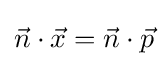
{\vec {n}}\cdot {\vec {x}}={\vec {n}}\cdot {\vec {p}}